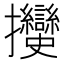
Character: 𢺲